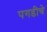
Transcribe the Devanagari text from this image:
पगडीचे